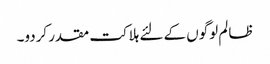
ظالم لوگوں کے لئے ہلاکت مقدر کردو۔